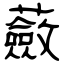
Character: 蘞